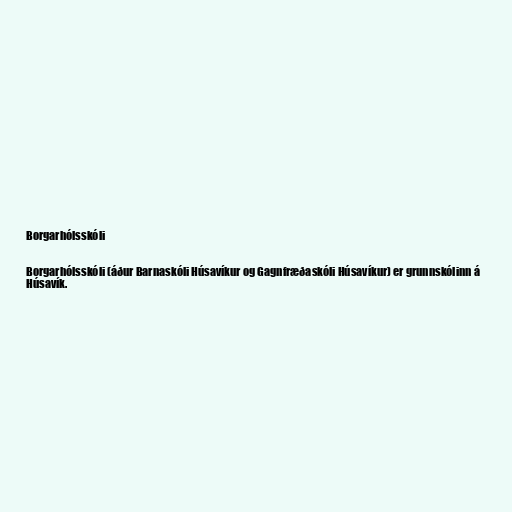
Borgarhólsskóli

Borgarhólsskóli (áður Barnaskóli Húsavíkur og Gagnfræðaskóli Húsavíkur) er grunnskólinn á
Húsavík.